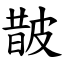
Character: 皵